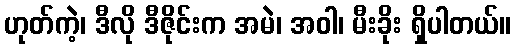
ဟုတ်ကဲ့၊ ဒီလို ဒီဇိုင်းက အမဲ၊ အဝါ၊ မီးခိုး ရှိပါတယ်။